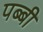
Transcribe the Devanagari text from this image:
पब्बी